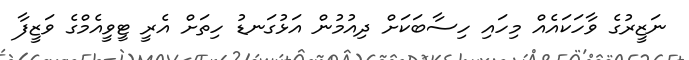
ނަޒީރުގެ ވާހަކައެއް މިހައި ހިސާބަކަށް ދިއުމުން އަޅުގަނޑު ހިތަށް އެރީ ޓީވީއެމްގެ ވަޒީފާ